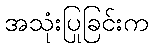
အသုံးပြုခြင်းက